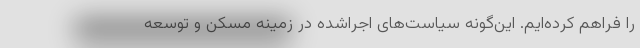
را فراهم کرده‌ایم. این‌گونه سیاست‌های اجراشده در زمینه مسکن و توسعه